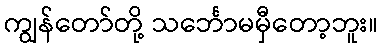
ကျွန်တော်တို့ သင်္ဘောမမှီတော့ဘူး။